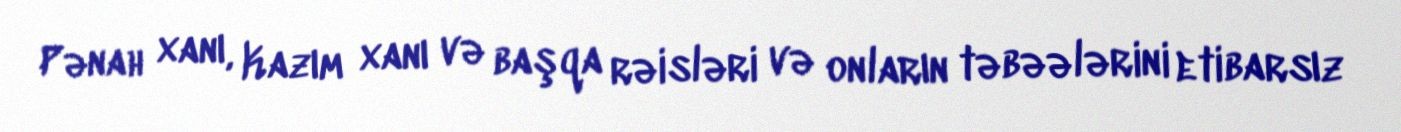
Pənah xanı, Kazım xanı və başqa rəisləri və onların təbəələrini etibarsız